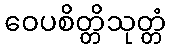
ဝေပစိတ္တိသုတ္တံ